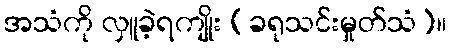
အသံကို လှူခဲ့ရကျိုး (ခရုသင်းမှုတ်သံ)။